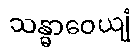
သန္ဓာဝေယျံ